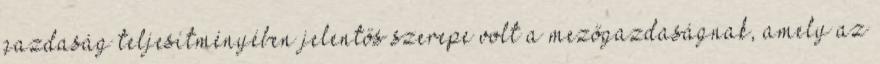
gazdaság teljesítményében jelentős szerepe volt a mezőgazdaságnak, amely az